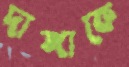
দাঙ্গাকে